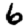
Digit: 6